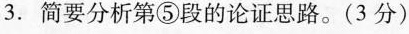
3.简要分析第⑤段的论证思路。(3分)